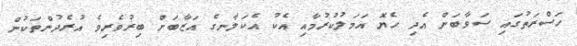
ހަސްރަތުގައި ސަވާބަށް އެދި ހެޔޮ އަމަލުކުރުމާއި އެކު އެކަލާނގެ އަޒާބަށް ބިރުވެރިވެ އުރެދުންތަކުން